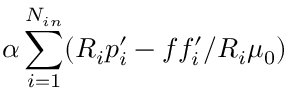
\alpha \sum _ { i = 1 } ^ { N _ { i n } } ( R _ { i } p _ { i } ^ { \prime } - f f _ { i } ^ { \prime } / R _ { i } \mu _ { 0 } )